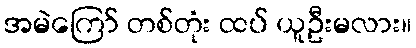
အမဲကြော် တစ်တုံး ထပ် ယူဦးမလား။